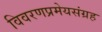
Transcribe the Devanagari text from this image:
विवरणप्रमेयसंग्रह